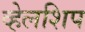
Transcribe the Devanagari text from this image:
व्हेलशिप